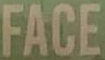
FACE